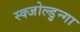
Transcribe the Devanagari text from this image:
स्क्जोल्डुन्गा